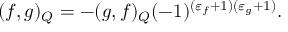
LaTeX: ( f , g ) _ { Q } = - ( g , f ) _ { Q } ( - 1 ) ^ { ( \varepsilon _ { f } + 1 ) ( \varepsilon _ { g } + 1 ) } .